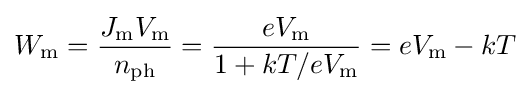
W_{\text{m}}={\frac {J_{\text{m}}V_{\text{m}}}{n_{\text{ph}}}}={\frac {eV_{\text{m}}}{1+kT/eV_{\text{m}}}}=eV_{\text{m}}-kT